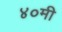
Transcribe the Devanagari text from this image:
४०मी